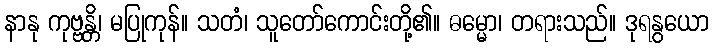
နာနု ကုဗ္ဗန္တိ၊ မပြုကုန်။ သတံ၊ သူတော်ကောင်းတို့၏။ ဓမ္မော၊ တရားသည်။ ဒုရနွယော